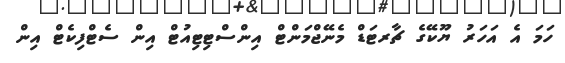
ހަމަ އެ އަހަރު ޔޫކޭގެ ޗާރޓަޑް މެނޭޖްމަންޓް އިންސްޓިޓިއުޓް އިން ސެޓްފިކެޓް އިން